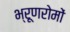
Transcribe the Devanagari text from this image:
भ्रूणरोमों